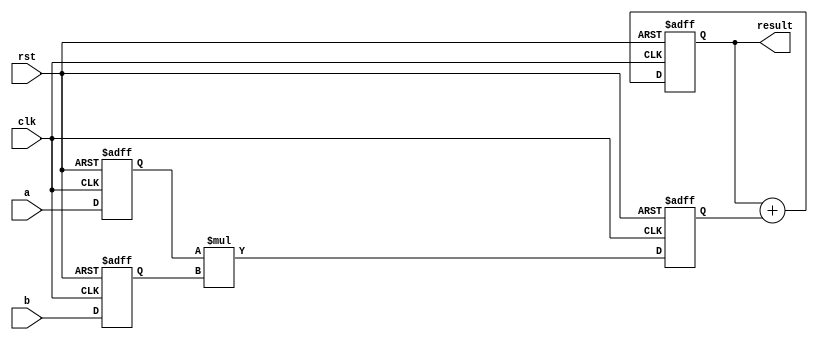
module multiplier (
    input wire clk,
    input wire rst,
    input wire [7:0] a,
    input wire [7:0] b,
    output reg [15:0] result
);

reg [7:0] reg_a;
reg [7:0] reg_b;
reg [15:0] temp_result;

always @(posedge clk or posedge rst)
begin
    if (rst)
    begin
        reg_a <= 8'd0;
        reg_b <= 8'd0;
        temp_result <= 16'd0;
    end
    else
    begin
        reg_a <= a;
        reg_b <= b;
        temp_result <= reg_a * reg_b;
    end
end

always @(posedge clk or posedge rst)
begin
    if (rst)
    begin
        result <= 16'd0;
    end
    else
    begin
        result <= result + temp_result;
    end
end

endmodule